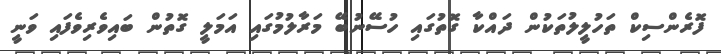
ފޮރެންސިކް ތަހުލީލުތަކުން ދައްކާ ގޮތުގައި ހުސޭނުބޭ މަރާލުމުގައި އަމަލީ ގޮތުން ބައިވެރިވެފައި ވަނީ